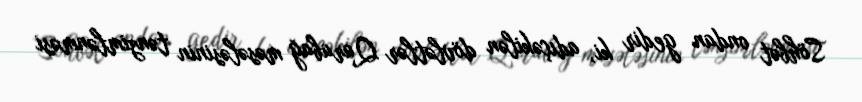
Söhbət ondan gedir ki, adıçəkilən dövlətlər Qarabağ məsələsinin tənzimlənməsi